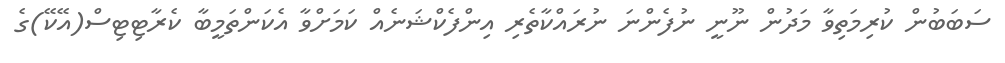
ސަބަބުން ކުރިމަތިވާ މަދުން ނޫނީ ނުފެންނަ ނުރައްކާތެރި އިންފެކްޝަނެއް ކަމަށްވާ އެކަންތަމީބާ ކެރާޓިޓިސް(އޭކޭ)ގެ